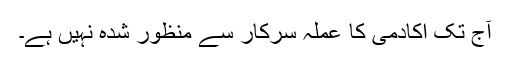
آج تک اکادمی کا عملہ سرکار سے منظور شدہ نہیں ہے۔